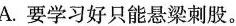
A.要学习好只能悬梁刺股。